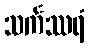
သင်္ကဿရံ